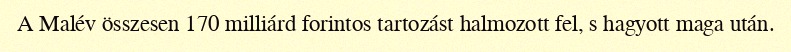
A Malév összesen 170 milliárd forintos tartozást halmozott fel, s hagyott maga után.